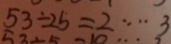
5 3 \div 2 5 = 2 \cdots 3